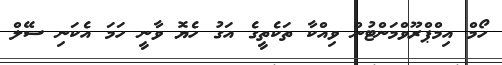
ހޯމް އިމްޕްރޫވްމަންޓުން ވިއްކާ ތަކެތީގެ އަގު ހެޔޮ ވާނީ ހަމަ އެކަނި ސޭލް